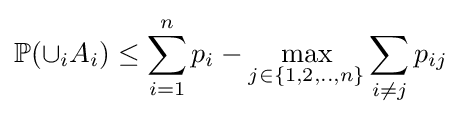
\mathbb {P} (\displaystyle {\cup }_{i}A_{i})\leq \displaystyle \sum _{i=1}^{n}p_{i}-{\underset {j\in \{1,2,..,n\}}{\max }}\sum _{i\neq j}p_{ij}